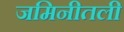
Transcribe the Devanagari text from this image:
जमिनीतली